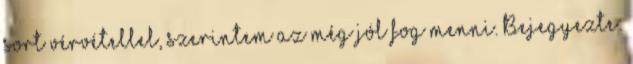
sort vérvétellel, szerintem az még jól fog menni. Bejegyezte: